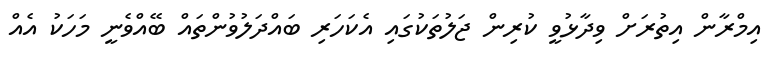
އިމްރާން އިތުރަށް ވިދާޅުވީ ކުރިން ޖަލުތަކުގައި އެކަހަރި ބައްދަލުވުންތައް ބޭއްވެނީ މަހަކު އެއް